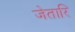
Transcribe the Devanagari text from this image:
जेतारि